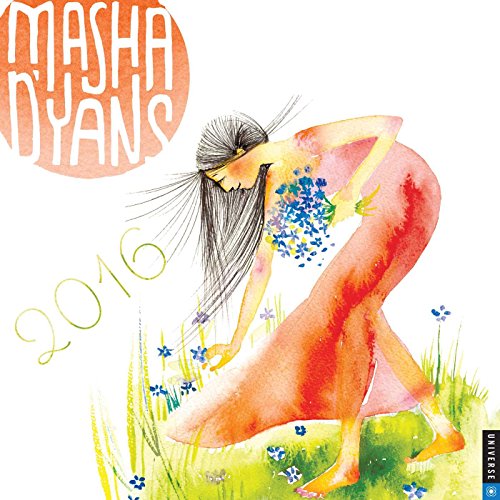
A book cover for Masha D'yans 2016 Wall Calendar; Masha D'yans; Calendars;